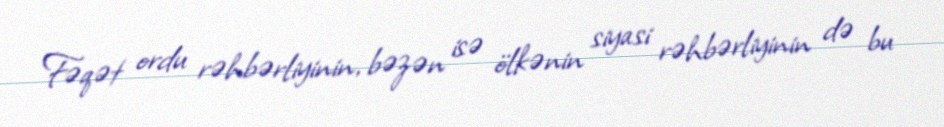
Fəqət ordu rəhbərliyinin, bəzən isə ölkənin siyasi rəhbərliyinin də bu